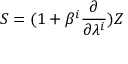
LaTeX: { \cal S } = ( 1 + \beta ^ { i } \frac { \partial } { \partial \lambda ^ { i } } ) Z